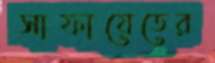
সাফায়েতের